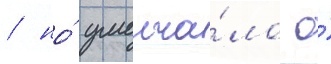
/ но́ умолча́ло о́